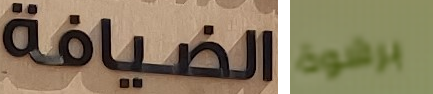
الضيافة برشوة